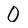
Character: 0